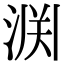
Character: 𫞘